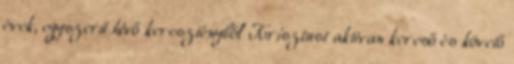
évek, egyszerű hívő keresztényből Krisztust aktívan kereső és követő